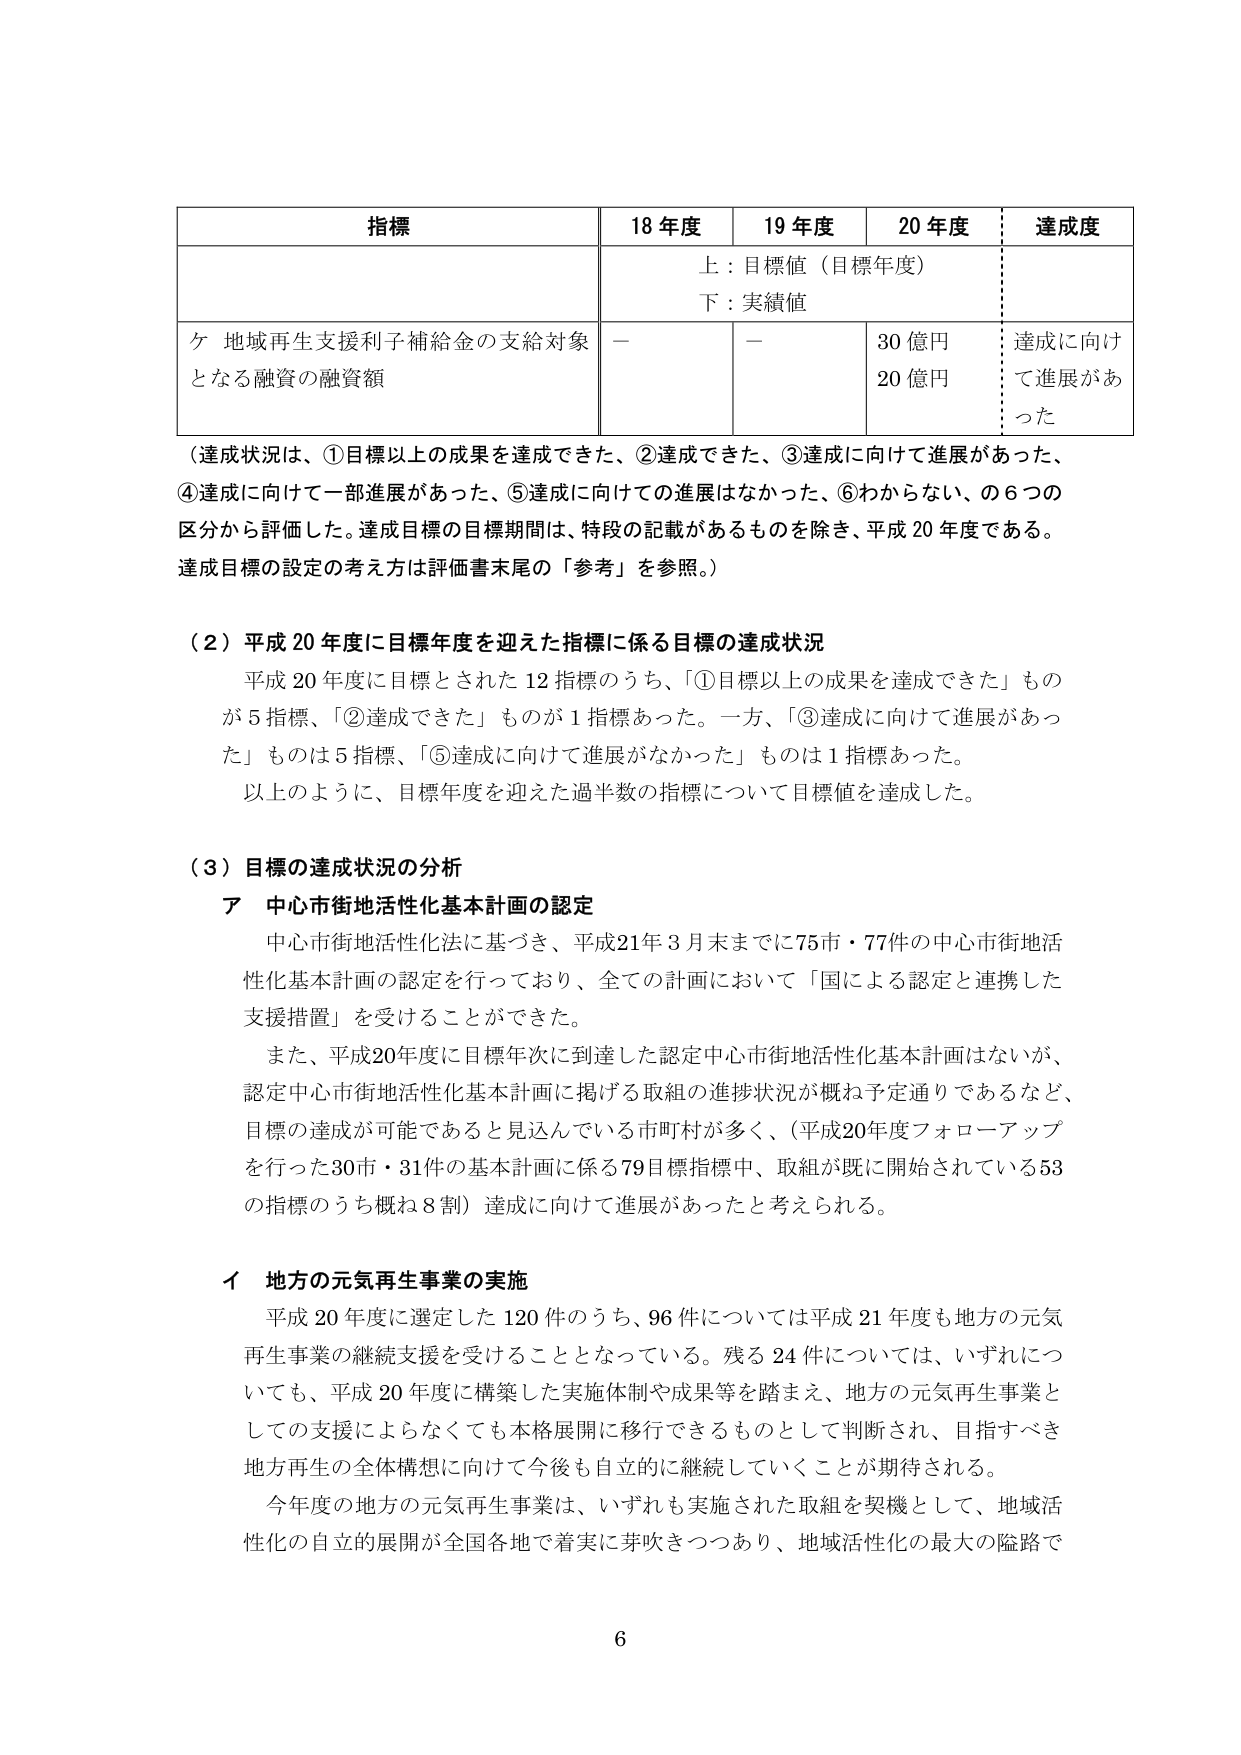
指標 18年度 19年度 20年度 達成度
上：目標値（目標年度）
下：実績値
ケ 地域再生支援利子補給金の支給対象
となる融資の融資額 — — 30億円 20億円 達成に向け
て進展があ
った
（達成状況は、①目標以上の成果を達成できた、②達成できた、③達成に向けて進展があった、
④達成に向けて一部進展があった、⑤達成に向けての進展はなかった、⑥わからない、の6つの
区分から評価した。達成目標の目標期間は、特段の記載があるものを除き、平成20年度である。
達成目標の設定の考え方は評価書末尾の「参考」を参照。）

（2）平成20年度に目標年度を迎えた指標に係る目標の達成状況
平成20年度に目標とされた12指標のうち、「①目標以上の成果を達成できた」もの
が5指標、「②達成できた」ものが1指標あった。一方、「③達成に向けて進展があっ
た」ものは5指標、「⑤達成に向けて進展がなかった」ものは1指標あった。
以上のように、目標年度を迎えた過半数の指標について目標値を達成した。

（3）目標の達成状況の分析
ア 中心市街地活性化基本計画の認定
中心市街地活性化法に基づき、平成21年3月末までに75市・77件の中心市街地活
性化基本計画の認定を行っており、全ての計画において「国による認定と連携した
支援措置」を受けることができた。
また、平成20年度に目標年次に到達した認定中心市街地活性化基本計画はないが、
認定中心市街地活性化基本計画に掲げる取組の進捗状況が概ね予定通りであるなど、
目標の達成が可能であると見込んでいる市町村が多く、（平成20年度フォローアップ
を行った30市・31件の基本計画に係る79目標指標中、取組が既に開始されている53
の指標のうち概ね8割）達成に向けて進展があったと考えられる。

イ 地方の元気再生事業の実施
平成20年度に選定した120件のうち、96件については平成21年度も地方の元気
再生事業の継続支援を受けることとなっている。残る24件については、いずれにつ
いても、平成20年度に構築した実施体制や成果等を踏まえ、地方の元気再生事業と
しての支援によらなくても本格展開に移行できるものとして判断され、目指すべき
地方再生の全体構想に向けて今後も自立的に継続していくことが期待される。
今年度の地方の元気再生事業は、いずれも実施された取組を契機として、地域活
性化の自立的展開が全国各地で着実に芽吹きつつあり、地域活性化の最大の隘路で

6